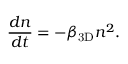
\frac { d n } { d t } = - \beta _ { \mathrm { 3 D } } n ^ { 2 } .